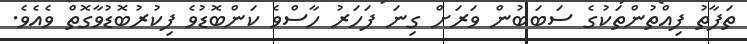
ތަފާތު ފިއްތުންތަކުގެ ސަބަބުން ވަރަށް ގިނަ ފަހަރު ހާސްވެ ކަންބޮޑުވެ ފިކުރުބޮޑުވާގޮތް ވެއެވެ.